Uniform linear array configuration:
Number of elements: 24
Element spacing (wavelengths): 0.25
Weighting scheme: uniform
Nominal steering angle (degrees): -30
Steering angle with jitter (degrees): -31.438
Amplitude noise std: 0.05
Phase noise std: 0.05

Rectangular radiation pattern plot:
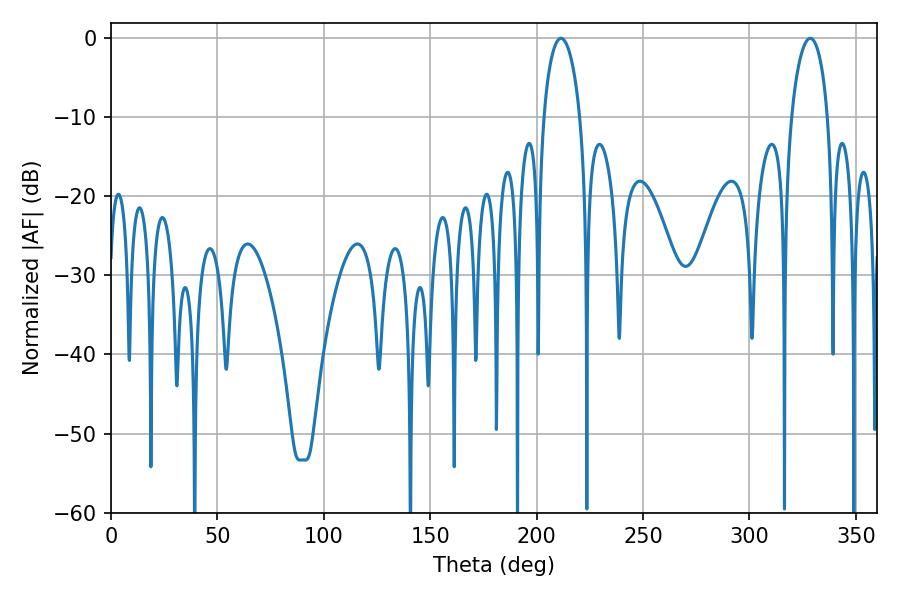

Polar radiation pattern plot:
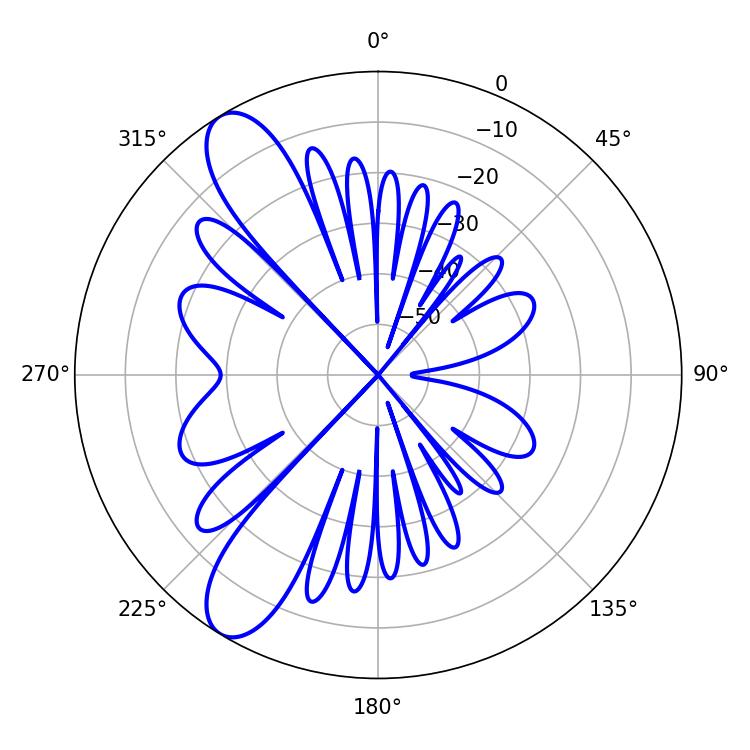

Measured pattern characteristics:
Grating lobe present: FALSE
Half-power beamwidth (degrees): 9.9
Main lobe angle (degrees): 211.5